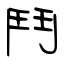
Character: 鬥